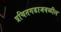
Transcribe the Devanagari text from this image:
प्रचितगडाजवळील